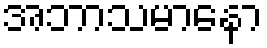
အဘာသမာနော